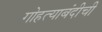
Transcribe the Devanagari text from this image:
गोहत्याबंदीची